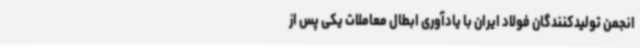
انجمن تولیدکنندگان فولاد ایران با یادآوری ابطال معاملات یکی پس از